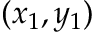
( x _ { 1 } , y _ { 1 } )